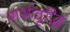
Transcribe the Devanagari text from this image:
गर्भवृद्धि